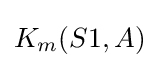
K_{m}(S1,A)